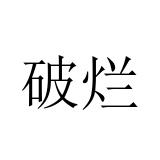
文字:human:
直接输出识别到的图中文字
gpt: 破烂